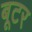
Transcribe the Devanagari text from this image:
बूटर